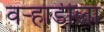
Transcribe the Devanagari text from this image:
वर्‍हाडीला